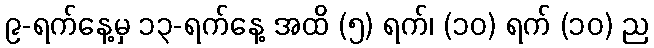
၉-ရက်နေ့မှ ၁၃-ရက်နေ့ အထိ (၅) ရက်၊ (၁၀) ရက် (၁၀) ည